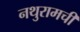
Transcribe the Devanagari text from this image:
नथुरामची